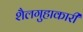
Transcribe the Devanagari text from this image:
शैलगुहाकारी